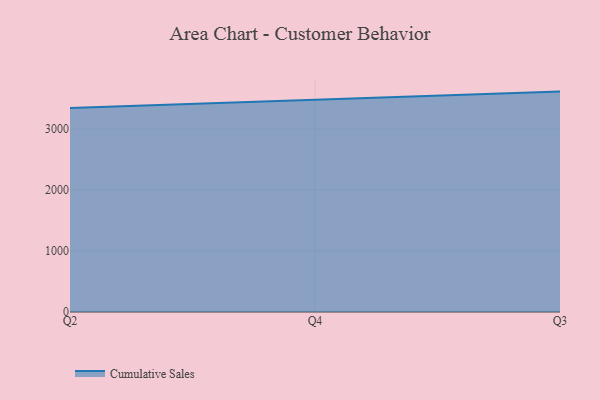
{"axis": {"x": "Quarter", "y": "Customer Acquisition Cost (USD)"}, "legend": ["Cumulative Sales"], "data": [{"x": "Q2", "y": 3347.5, "type": "Cumulative Sales"}, {"x": "Q4", "y": 3477.3, "type": "Cumulative Sales"}, {"x": "Q3", "y": 3617.0, "type": "Cumulative Sales"}]}